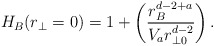
\begin{align*}H_B(r_\perp =0) = 1 + \left({{ r_B^{d-2+a}} \over {V_ar^{d-2}_{\perp 0}}} \right).\end{align*}